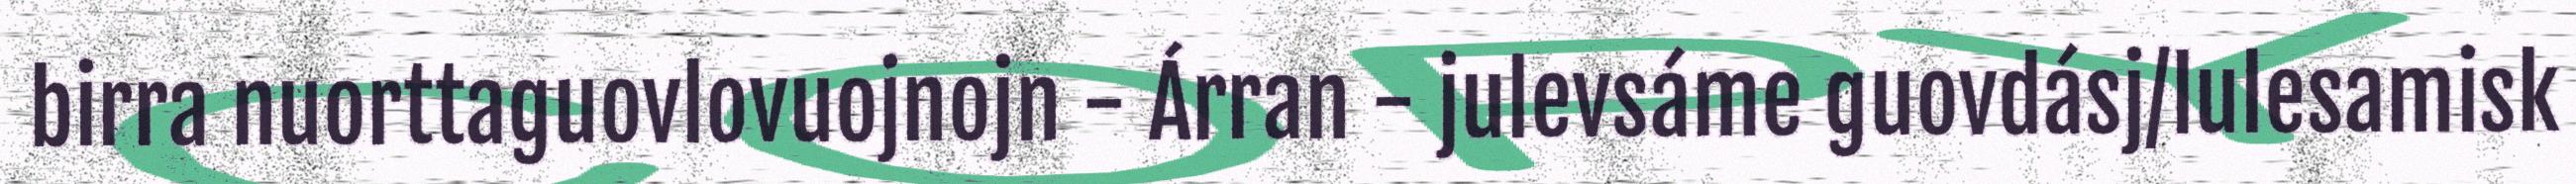
birra nuorttaguovlovuojnojn - Árran - julevsáme guovdásj/lulesamisk